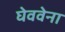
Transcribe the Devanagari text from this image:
घेववेना